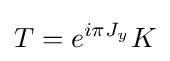
T=e^{i\pi J_{y}}K